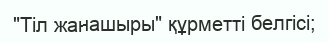
"Тіл жанашыры" құрметті белгісі;